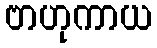
ဗာဟုကာယ